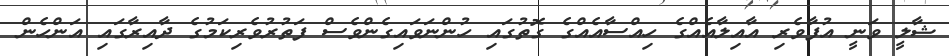
ޝާލީ ވަނީ އުފާވެރި އާއިލާއެއްގެ ހިއްސާއެއްގެ ގޮތުގައި ހުންނަވައިގެންވެސް ފަތުރުވެރިކަމުގެ ދާއިރާގައި އަންހެން